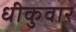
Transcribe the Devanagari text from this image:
धीकुवार